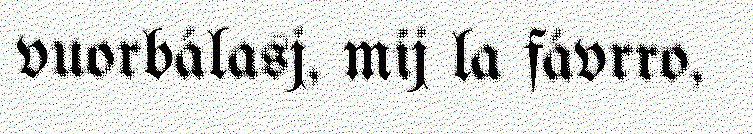
vuorbálasj, mij la fávrro,